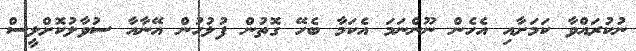
ނުކުރައްވާ ކަމަށާއި އެހެން ނޫންނަމަ އެކަމާ ބެހޭ ގޮތުން ފުލުހުން އޭނާއާ ސުވާލުކޮށްލީސް